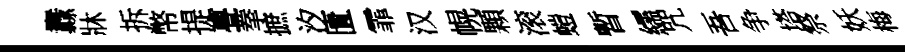
纛牀拆幣提亹拳摭汐匱霏汉幌顆滚螘暫繻咒吾争塔祭妖梅